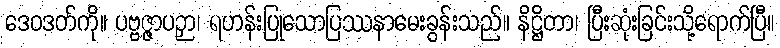
ဒေဝဒတ်ကို။ ပဗ္ဗဇ္ဇာပဉှာ၊ ရဟန်းပြုသောပြဿနာမေးခွန်းသည်။ နိဋ္ဌိတာ၊ ပြီးဆုံးခြင်းသို့ရောက်ပြီ။